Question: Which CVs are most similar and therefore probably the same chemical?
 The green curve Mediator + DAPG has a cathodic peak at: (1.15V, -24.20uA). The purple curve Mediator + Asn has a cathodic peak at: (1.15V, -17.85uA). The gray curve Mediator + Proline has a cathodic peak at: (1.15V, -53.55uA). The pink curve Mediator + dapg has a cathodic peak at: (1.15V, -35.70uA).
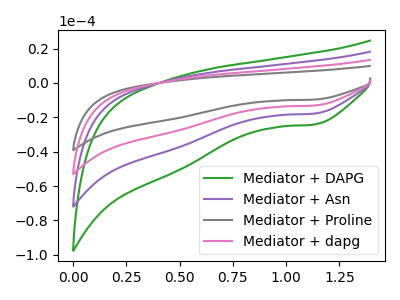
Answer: <think>All the peaks in "Mediator + DAPG" have a peak in "Mediator + Asn" at the same potential. Every peak in "Mediator + DAPG" is higher than every peak in "Mediator + Asn". All the peaks in "Mediator + DAPG" have a peak in "Mediator + Proline" at the same potential. Every peak in "Mediator + DAPG" is lower than every peak in "Mediator + Proline". All the peaks in "Mediator + DAPG" have a peak in "Mediator + dapg" at the same potential. Every peak in "Mediator + DAPG" is lower than every peak in "Mediator + dapg". All the peaks in "Mediator + Asn" have a peak in "Mediator + Proline" at the same potential. Every peak in "Mediator + Asn" is lower than every peak in "Mediator + Proline". All the peaks in "Mediator + Asn" have a peak in "Mediator + dapg" at the same potential. Every peak in "Mediator + Asn" is lower than every peak in "Mediator + dapg". All the peaks in "Mediator + Proline" have a peak in "Mediator + dapg" at the same potential. Every peak in "Mediator + Proline" is higher than every peak in "Mediator + dapg".
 </think>
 <answer>"Mediator + DAPG", "Mediator + Asn", "Mediator + Proline" and "Mediator + dapg" have the same shape and are likely CV's of the same chemical.</answer>
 <eval>"Mediator + DAPG" "Mediator + Asn" "Mediator + Proline" "Mediator + dapg"</eval>